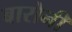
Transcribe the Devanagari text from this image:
बारोनी